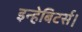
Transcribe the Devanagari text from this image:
इन्हेबिटर्स।